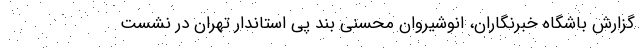
گزارش باشگاه خبرنگاران، انوشیروان محسنی بند پی استاندار تهران در نشست